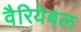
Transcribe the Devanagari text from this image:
वैरियेबल